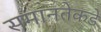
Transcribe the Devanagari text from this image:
समानतेकडे